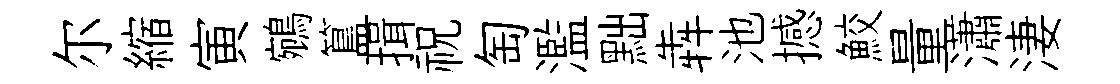
尔縮寅鵷簋揖祝匋濫黜犇池撼鮫量瀟淒